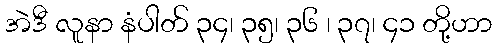
အဲဒီ လူနာ နံပါတ် ၃၄၊ ၃၅၊ ၃၆ ၊ ၃၇၊ ၄၁ တို့ဟာ